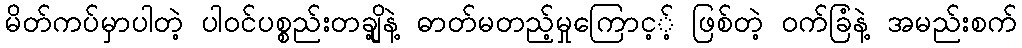
မိတ်ကပ်မှာပါတဲ့ ပါဝင်ပစ္စည်းတချို့နဲ့ ဓာတ်မတည့်မှုကြောင့့် ဖြစ်တဲ့ ဝက်ခြံနဲ့ အမည်းစက်